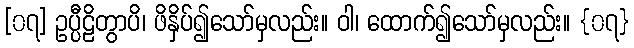
[၀၇] ဥပ္ပီဠိတွာပိ၊ ဖိနှိပ်၍သော်မှလည်း။ ဝါ၊ ထောက်၍သော်မှလည်း။ {၀၇}